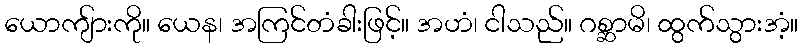
ယောကျ်ားကို။ ယေန၊ အကြင်တံခါးဖြင့်။ အဟံ၊ ငါသည်။ ဂစ္ဆာမိ၊ ထွက်သွားအံ့။